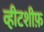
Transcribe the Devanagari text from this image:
व्हीटशीफ़